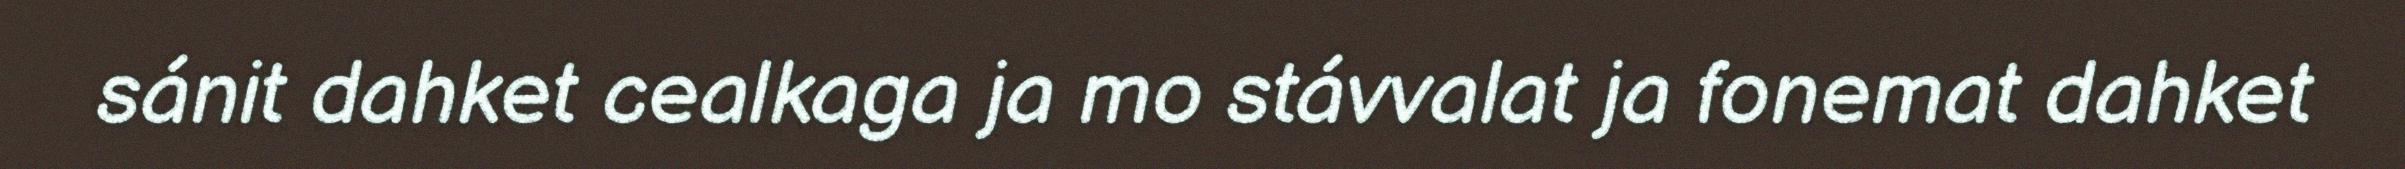
sánit dahket cealkaga ja mo stávvalat ja fonemat dahket